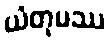
ယံတုမဿ